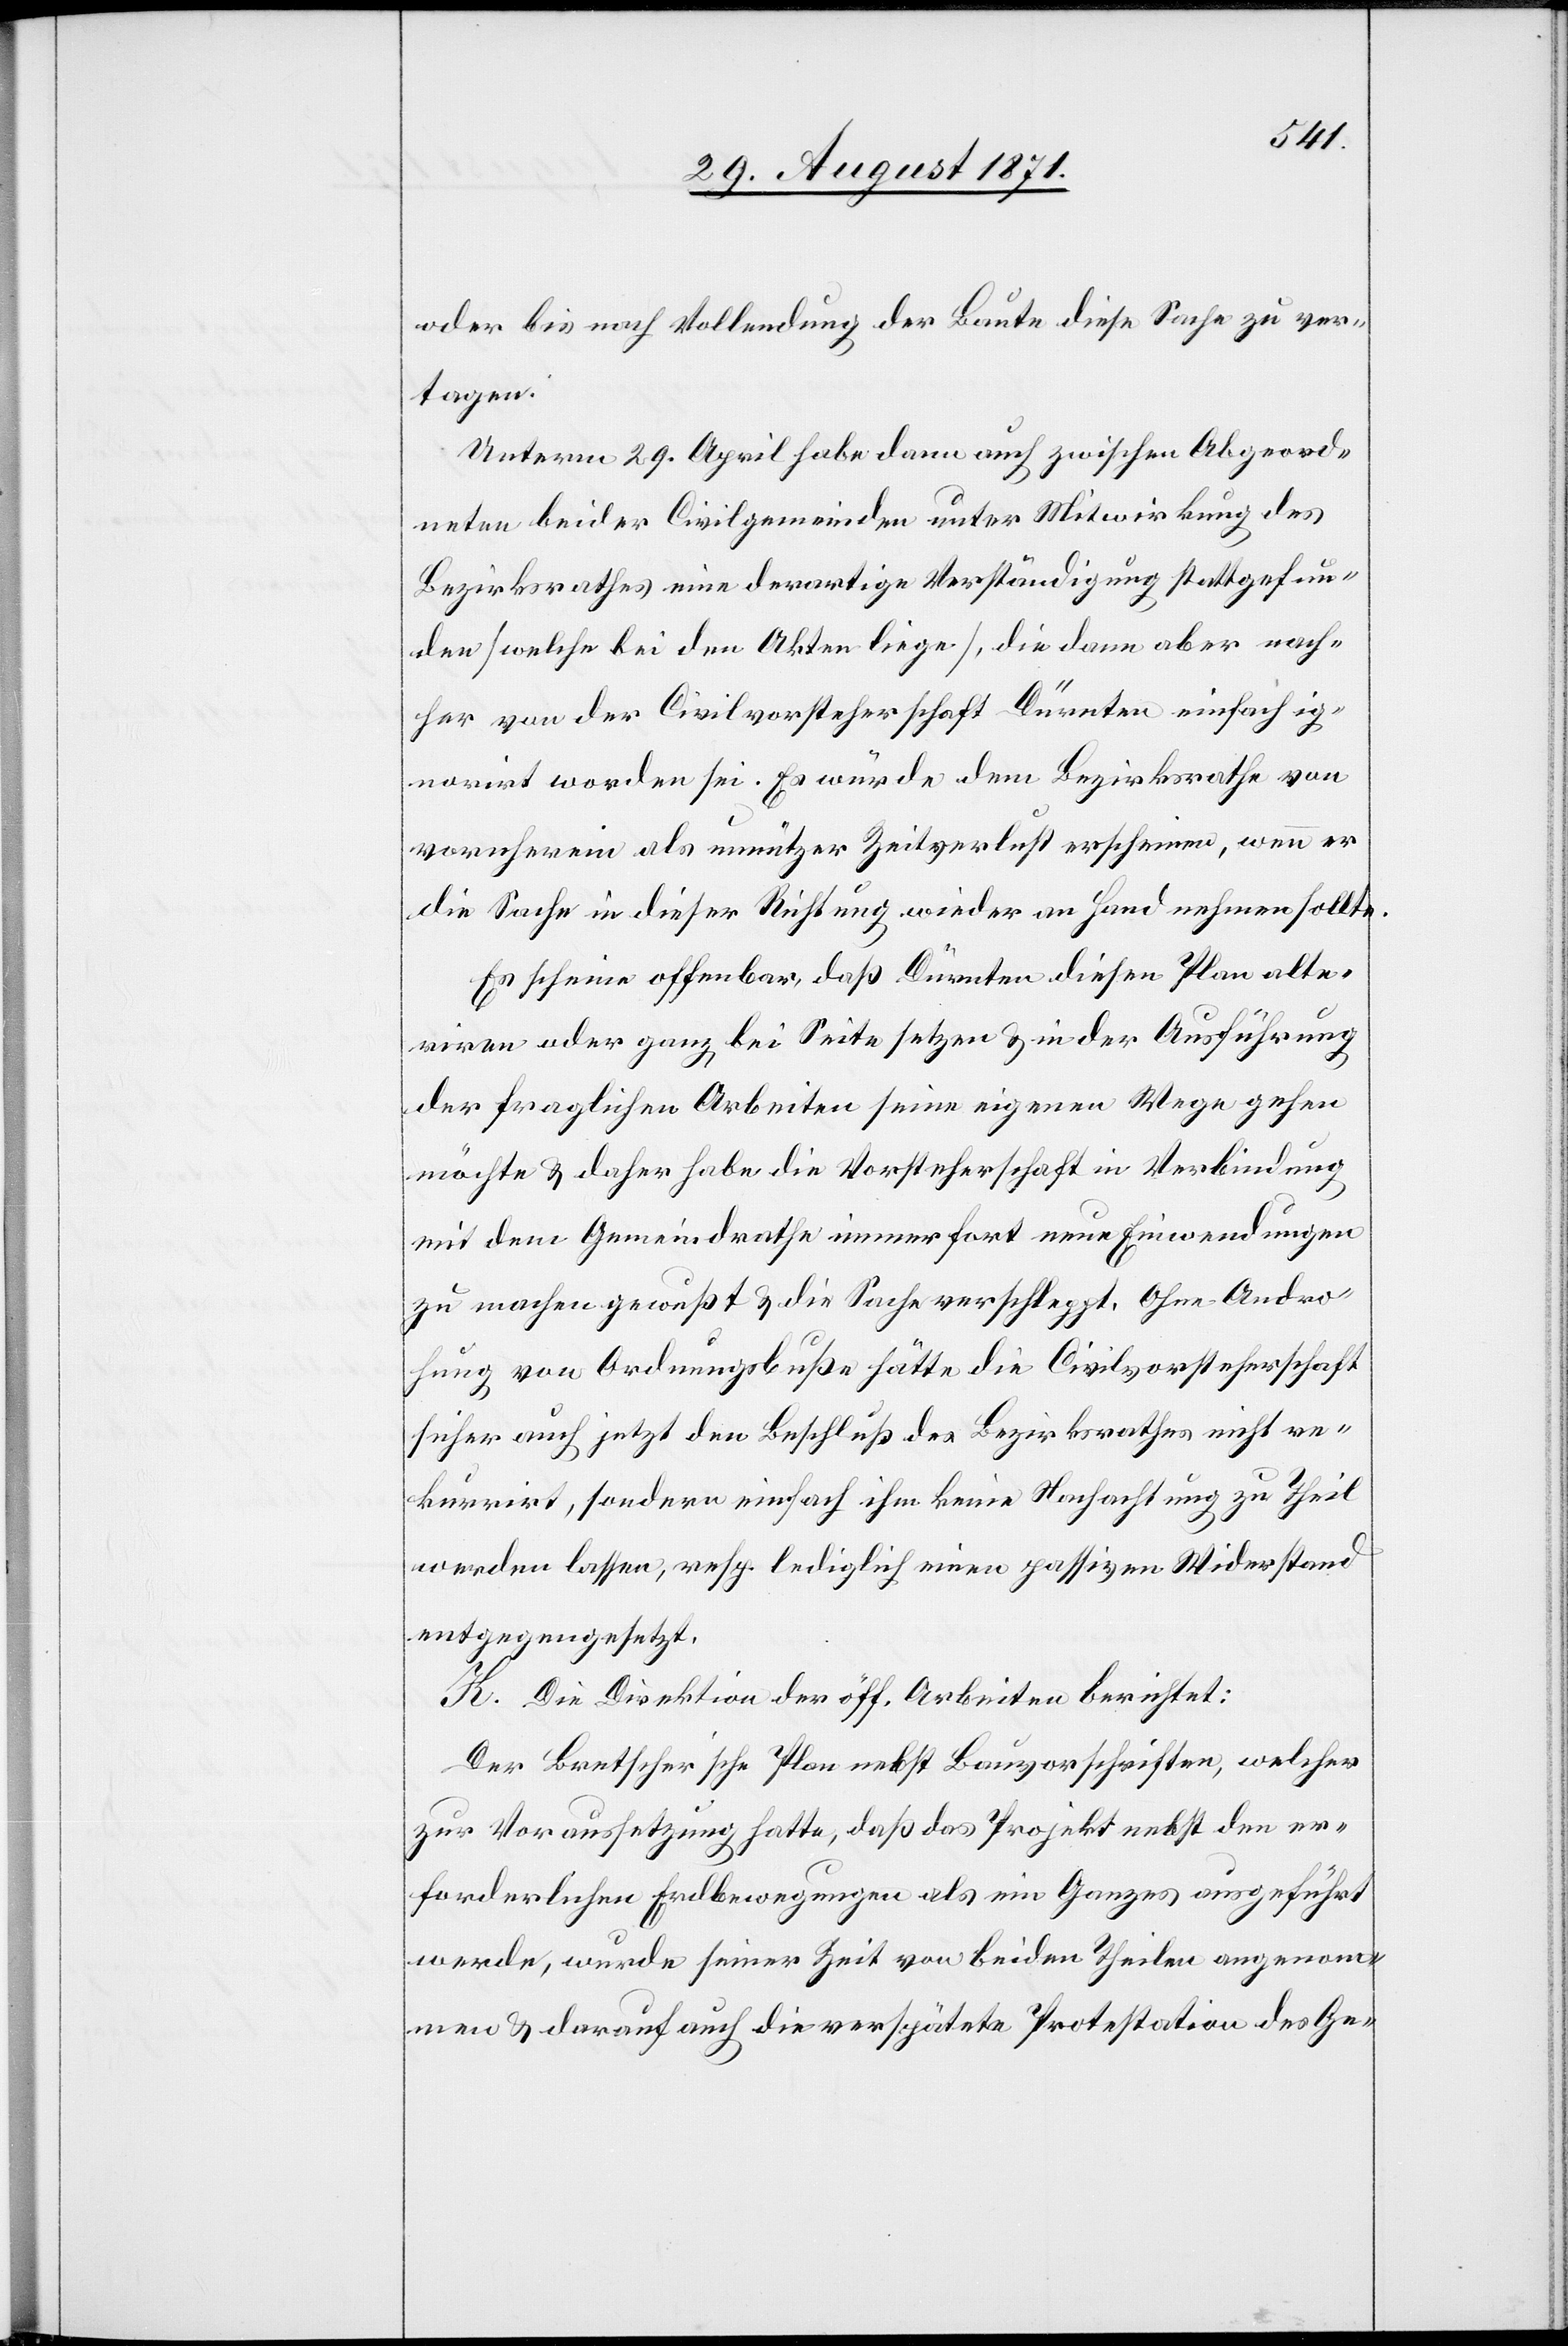
oder bis nach Vollendung der Baute diese Sache zu ver¬
tagen.
Unterm 29. April habe dann auch zwischen Abgeord¬
neten beider Civilgemeinden unter Mitwirkung des
Bezirksrathes eine derartige Verständigung stattgefun¬
den [welche bei den Akten liege], die dann aber nach¬
her von der Civilvorsteherschaft Dürnten einfach ig¬
norirt worden sei. Es würde dem Bezirksrathe von
vornherein als unnützer Zeitverlust erscheinen, wenn er
die Sache in dieser Richtung wieder an Hand nehmen sollte.
Es scheine offenbar, daß Dürnten diesen Plan alte¬
riren oder ganz bei Seite setzen & in der Ausführung
der fraglichen Arbeiten seine eigenen Wege gehen
möchte & daher habe die Vorsteherschaft in Verbindung
mit dem Gemeindrathe immerfort neue Einwendungen
zu machen gewusst & die Sache verschleppt. Ohne Andro¬
hung von Ordnungsbuße hätte die Civilvorsteherschaft
sicher auch jetzt den Beschluß des Bezirksrathes nicht re¬
kurrirt, sondern einfach ihm keine Nachachtung zu Theil
werden lassen, resp. lediglich einen passiven Widerstand
entgegengesetzt.
K. Die Direktion der öff. Arbeiten berichtet:
Der Bretscher’sche Plan nebst Bauvorschriften, welcher
zur Voraussetzung hatte, daß das Projekt nebst den er¬
forderlichen Erdbewegungen als ein Ganzes ausgeführt
werde, wurde seiner Zeit von beiden Theilen angenom¬
men & darauf auch die verspätete Protestation des Ge-